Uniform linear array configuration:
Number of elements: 4
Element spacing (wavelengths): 1
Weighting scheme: cosine
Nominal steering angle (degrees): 30
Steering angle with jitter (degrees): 31.914
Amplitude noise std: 0.05
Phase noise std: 0.05

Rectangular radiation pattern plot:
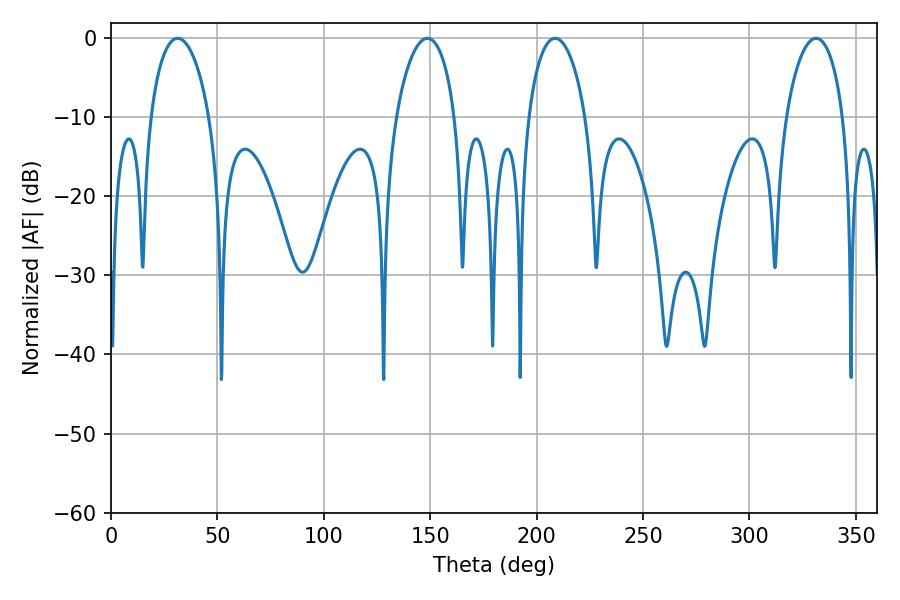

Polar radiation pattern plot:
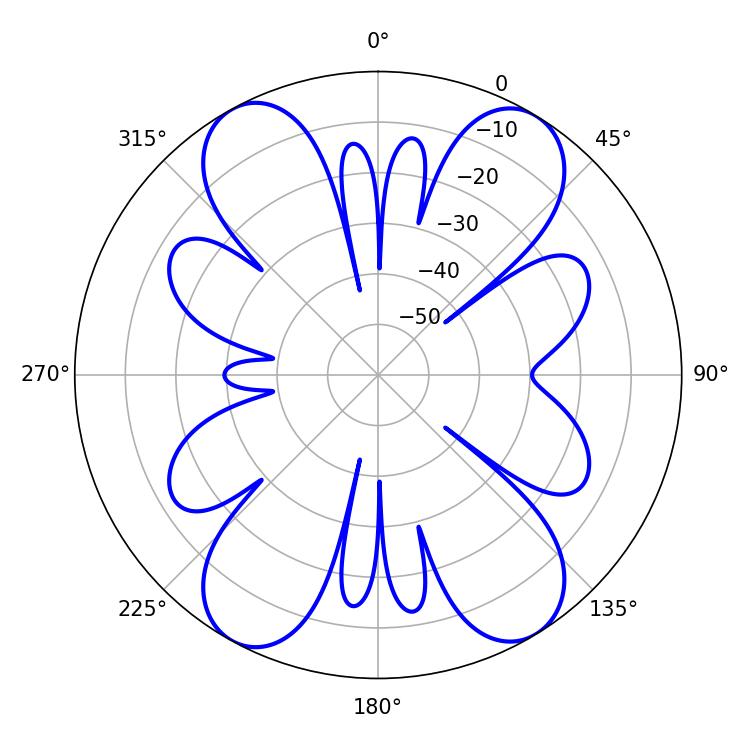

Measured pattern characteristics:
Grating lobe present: TRUE
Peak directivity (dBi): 18.432
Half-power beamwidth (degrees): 15.84
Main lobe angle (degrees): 31.32